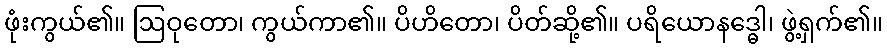
ဖုံးကွယ်၏။ ဩဝုတော၊ ကွယ်ကာ၏။ ပိဟိတော၊ ပိတ်ဆို့၏။ ပရိယောနဒ္ဓေါ၊ ဖွဲ့ရှက်၏။